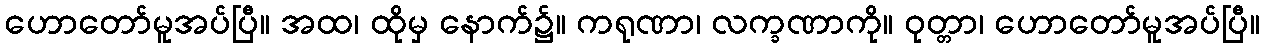
ဟောတော်မူအပ်ပြီ။ အထ၊ ထိုမှ နောက်၌။ ကရုဏာ၊ လက္ခဏာကို။ ဝုတ္တာ၊ ဟောတော်မူအပ်ပြီ။